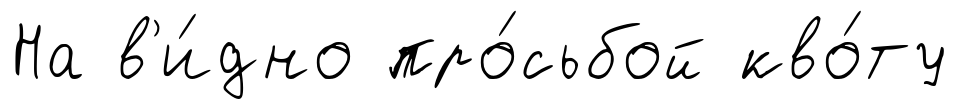
На в'и́дно про́сьбой кво́ту